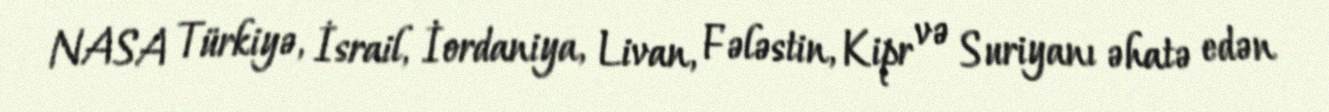
NASA Türkiyə, İsrail, İordaniya, Livan, Fələstin, Kipr və Suriyanı əhatə edən